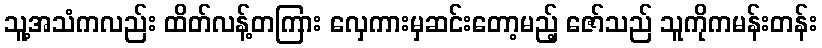
သူ့အသံကလည်း ထိတ်လန့်တကြား လှေကားမှဆင်းတော့မည့် ဇော်သည် သူကိုကမန်းတန်း